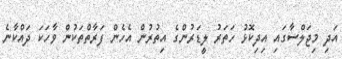
އަދި މިޖަލްސާގައި އިދިކޮޅު ހަތަރު ލީޑަރުންގެ އިތުރުން އެހެން ފަރާތްތަކުން ވާހަކަ ދައްކާނެ